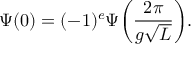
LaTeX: \Psi ( 0 ) = ( - 1 ) ^ { e } \Psi \bigg ( \frac { 2 \pi } { g \sqrt L } \bigg ) .